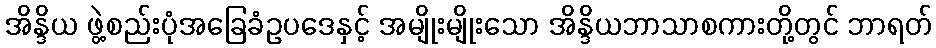
အိန္ဒိယ ဖွဲ့စည်းပုံအခြေခံဥပဒေနှင့် အမျိုးမျိုးသော အိန္ဒိယဘာသာစကားတို့တွင် ဘာရတ်